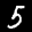
Label: 5